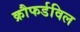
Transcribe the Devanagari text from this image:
क्रौफर्डविल